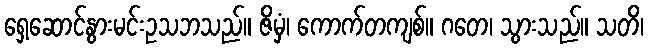
ရှေ့ဆောင်နွားမင်းဥသဘသည်။ ဇိမှံ၊ ကောက်တကျစ်။ ဂတေ၊ သွားသည်။ သတိ၊